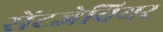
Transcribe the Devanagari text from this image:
सेंटजेवियर